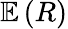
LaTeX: \mathbb{E}\left(R\right)